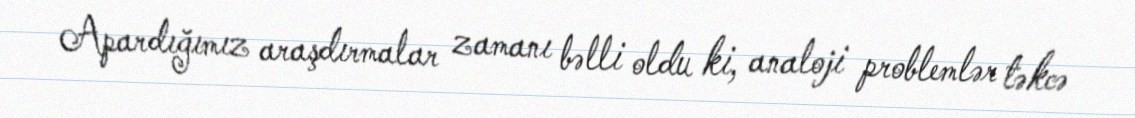
Apardığımız araşdırmalar zamanı bəlli oldu ki, analoji problemlər təkcə